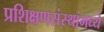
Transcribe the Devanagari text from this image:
प्रशिक्षणसंस्थांमध्ये